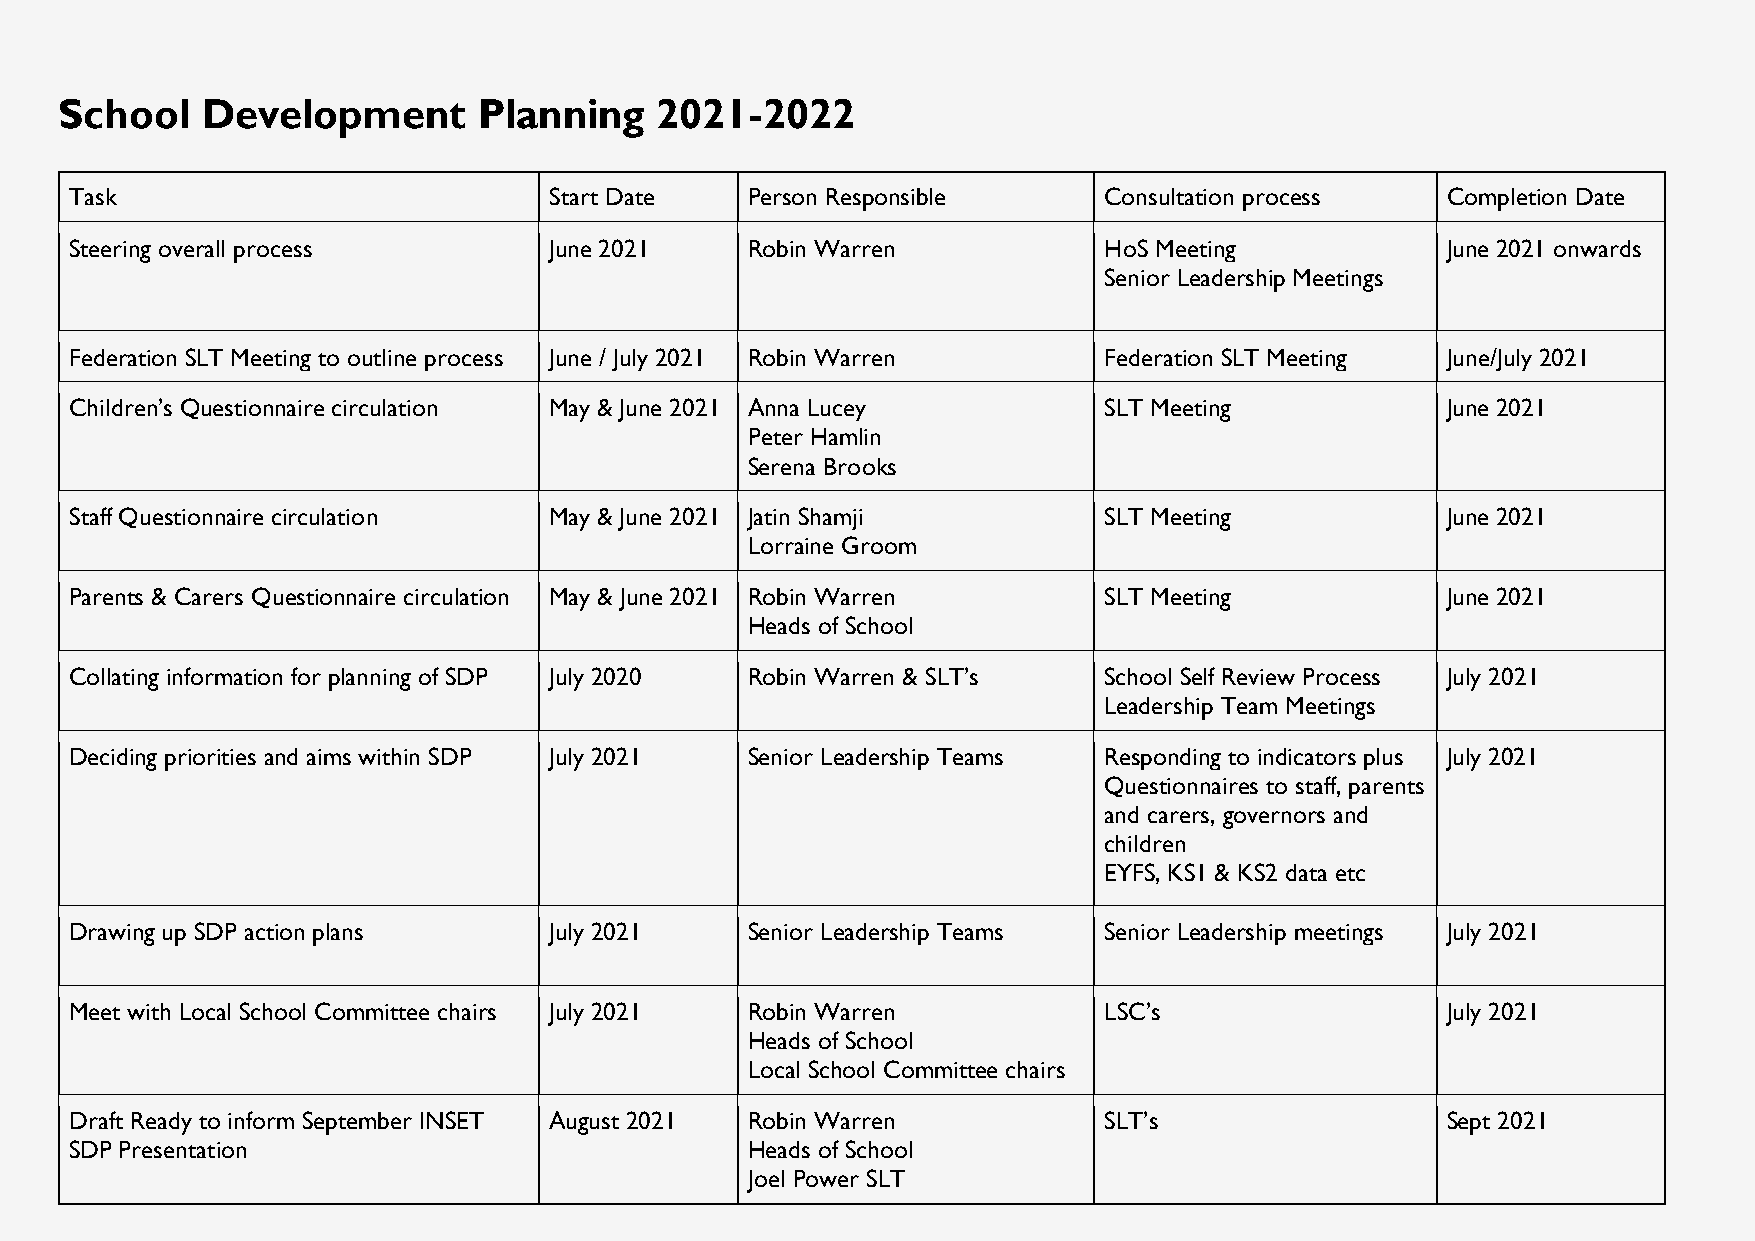
School   Development        Planning   2021-2022
 Task                           Start Date   Person Responsible      Consultation process   Completion Date
 Steering overall process       June 2021    Robin Warren            HoS Meeting            June 2021 onwards
 Senior Leadership Meetings
 Federation SLT Meeting to outline process June / July 2021 Robin Warren Federation SLT Meeting June/July 2021
 Children’s Questionnaire circulation May & June 2021 Anna Lucey     SLT Meeting            June 2021
 Peter Hamlin
 Serena Brooks
 Staff Questionnaire circulation May & June 2021 Jatin Shamji        SLT Meeting            June 2021
 Lorraine Groom
 Parents & Carers Questionnaire circulation May & June 2021 Robin Warren SLT Meeting        June 2021
 Heads of School
 Collating information for planning of SDP July 2020 Robin Warren & SLT’s School Self Review Process July 2021
 Leadership Team Meetings
 Deciding priorities and aims within SDP July 2021 Senior Leadership Teams Responding to indicators plus July 2021
 Questionnaires to staff, parents
 and carers, governors and
 children
 EYFS, KS1 & KS2 data etc
 Drawing up SDP action plans    July 2021    Senior Leadership Teams Senior Leadership meetings July 2021
 Meet with Local School Committee chairs July 2021 Robin Warren      LSC’s                  July 2021
 Heads of School
 Local School Committee chairs
 Draft Ready to inform September INSET August 2021 Robin Warren      SLT’s                  Sept 2021
 SDP Presentation                            Heads of School
 Joel Power SLT